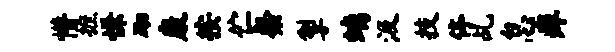
懵摭慊砌康按伫粲掣螭汲技停乩怠痒